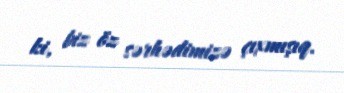
ki, biz öz sərhədimizə çıxmışıq.